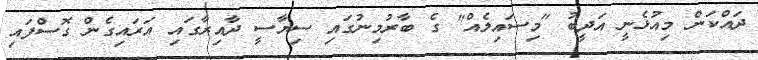
ދައްކަން މިއުޅެނީ އަދީބު "މިސައިލެއް" ގެ ބާރުމިނުގައި ސިޔާސީ ދާއިރާގައި އަރައިގެން ގޮސްފައި